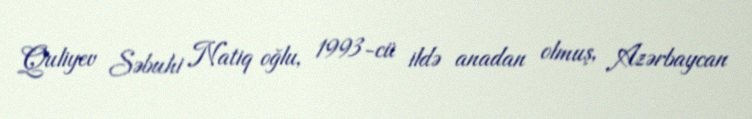
Quliyev Səbuhi Natiq oğlu, 1993-cü ildə anadan olmuş, Azərbaycan